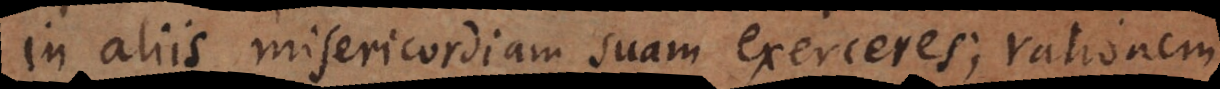
in aliis misericordiam suam [exerceret]; ratione